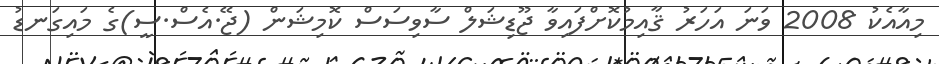
މިއާއެކު 2008 ވަނަ އަހަރު ޤާއިމުކޮށްފައިވާ ޖޫޑިޝަލް ސާވިސަސް ކޮމިޝަން (ޖޭ.އެސް.ސީ)ގެ މައިގަނޑު